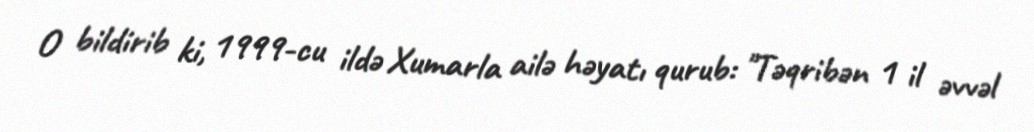
O bildirib ki, 1999-cu ildə Xumarla ailə həyatı qurub: "Təqribən 1 il əvvəl